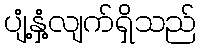
ပျံ့နှံ့လျက်ရှိသည်